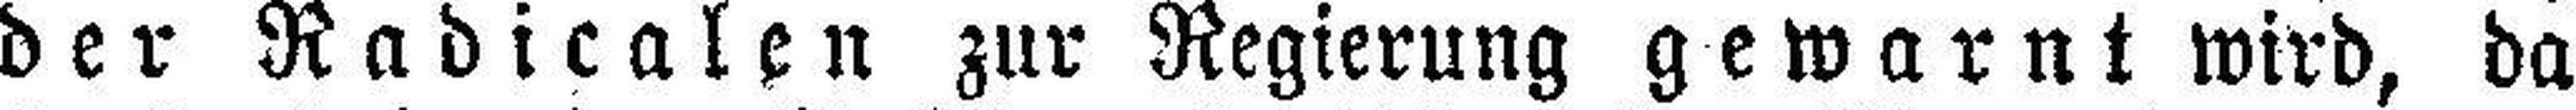
der Radicalen zur Regierung gewarnt wird, da